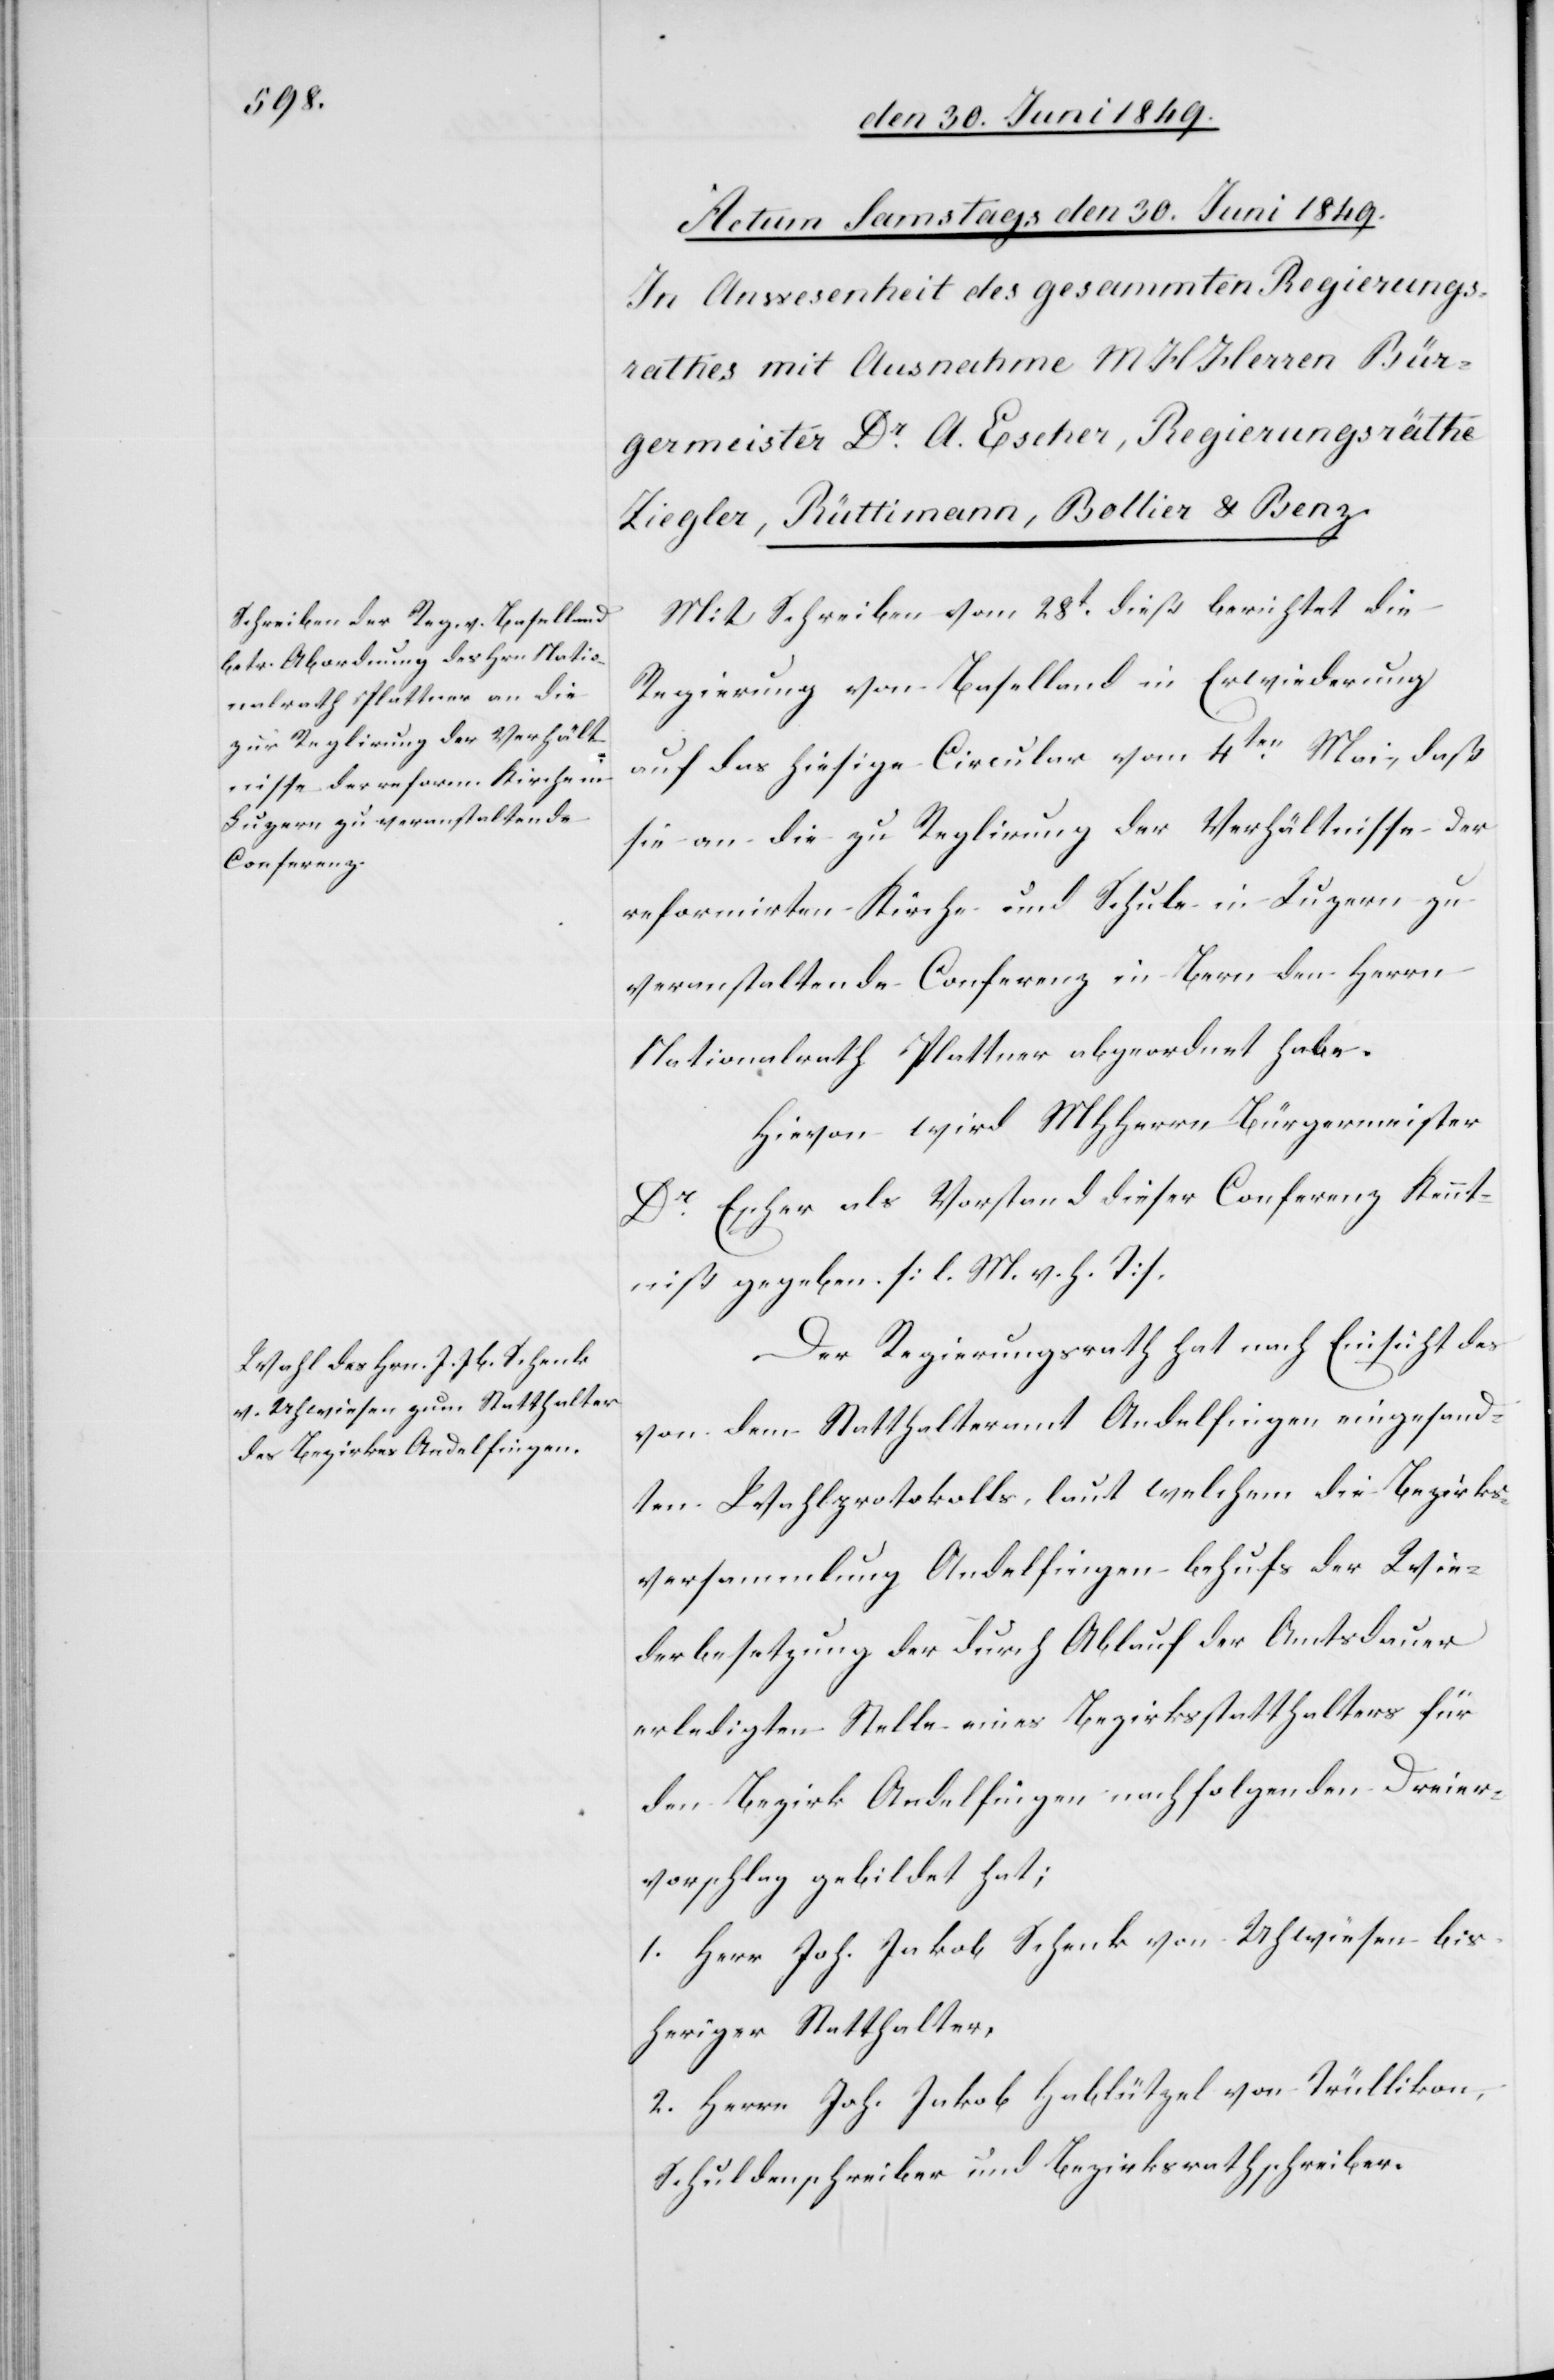
Mit Schreiben vom 28t dieß berichtet die
Regierung von Baselland in Erwiederung
auf das hiesige Circular vom 4ten Mai, daß
sie an die zu Reglirung der Verhältnisse der
reformirten Kirche und Schule in Luzern zu
veranstaltende Conferenz in Bern den Herrn
Nationalrath Plattner abgeordnet habe.
Hievon wird MHHerrn Bürgermeister
Dr Escher als Vorstand dieser Conferenz Kennt¬
niß gegeben. [l. M. h. T].
Der Regierungsrath hat nach Einsicht des
von dem Statthalteramt Andelfingen eingesand¬
ten Wahlprotokolls, laut welchem die Bezirks¬
versammlung Andelfingen behufs der Wie¬
derbesetzung der durch Ablauf der Amtsdauer
erledigten Stelle eines Bezirksstatthalters für
den Bezirk Andelfingen nachfolgenden Dreier¬
vorschlag gebildet hat;
1. Herr Joh. Jakob Schenk von Uhwiesen bis¬
heriger Statthalter,
2. Herr Joh. Jakob Hablützel von Trüllikon,
Schuldenschreiber und Bezirksrathschreiber